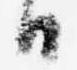
日